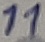
Text: 11